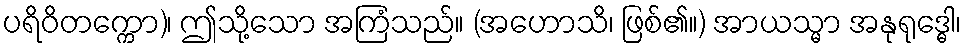
ပရိဝိတက္ကော)၊ ဤသို့သော အကြံသည်။ (အဟောသိ၊ ဖြစ်၏။) အာယသ္မာ အနုရုဒ္ဓေါ၊